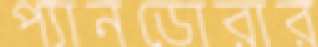
প্যানডোরার